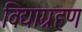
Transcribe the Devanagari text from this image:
विद्याग्रहण